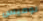
لوميس